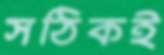
সঠিকই